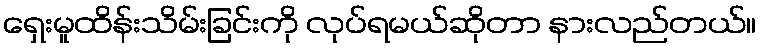
ရှေးမူထိန်းသိမ်းခြင်းကို လုပ်ရမယ်ဆိုတာ နားလည်တယ်။